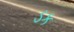
ડક